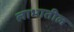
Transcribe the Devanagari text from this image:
लाभातील